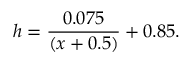
h = \frac { { 0 . 0 7 5 } } { { \left( { x + 0 . 5 } \right) } } + { 0 . 8 5 } .